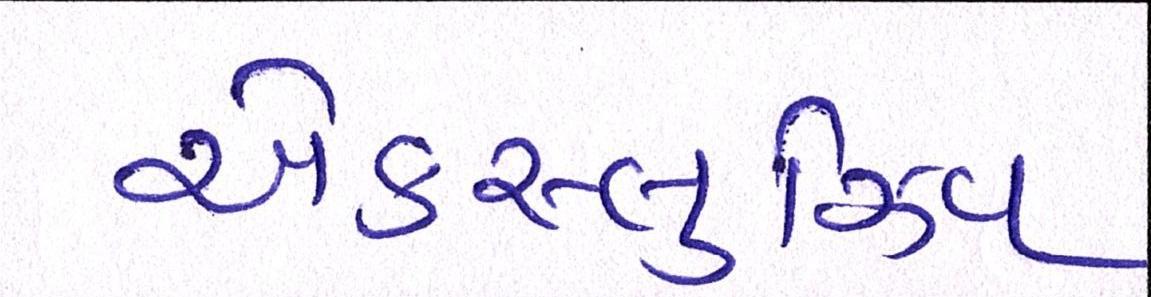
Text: એક્સ્લુઝિવ